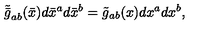
\tilde { \bar { g } } _ { a b } ( \bar { x } ) d \bar { x } ^ { a } d \bar { x } ^ { b } = \tilde { g } _ { a b } ( x ) d x ^ { a } d x ^ { b } ,